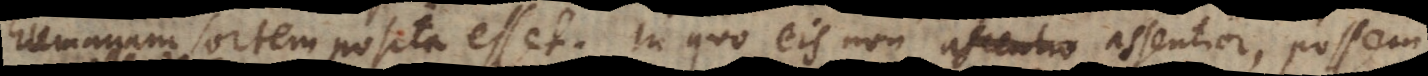
manam sortem posita esset. In quo eis non assentior, possem